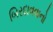
બિરદાવવાનો